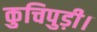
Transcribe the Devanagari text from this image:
कुचिपुड़ी।